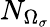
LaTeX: N_{\Omega_{\sigma}}